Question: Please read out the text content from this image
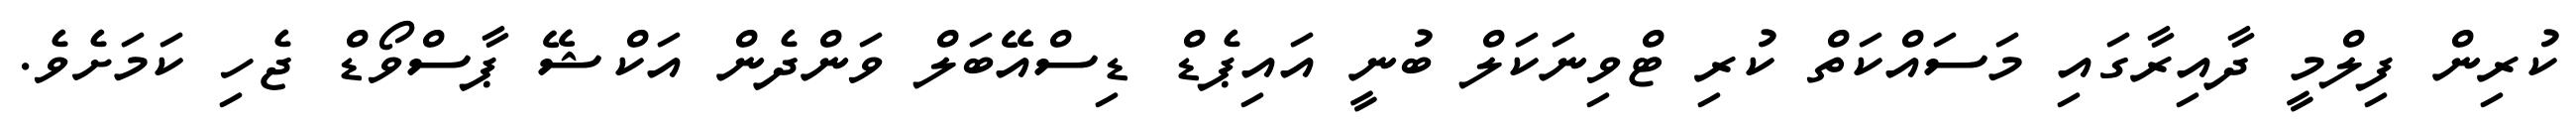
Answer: ކުރިން ފިލްމީ ދާއިރާގައި މަސައްކަތް ކުރި ޓްވިނަކަލް ބުނީ އައިޕެޑް ޑިސްއޭބަލް ވަންދެން އަކްޝޭ ޕާސްވޯޑް ޖެހި ކަމަށެވެ.